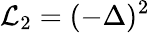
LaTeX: \mathcal{L}_{2}=(-\Delta)^{2}